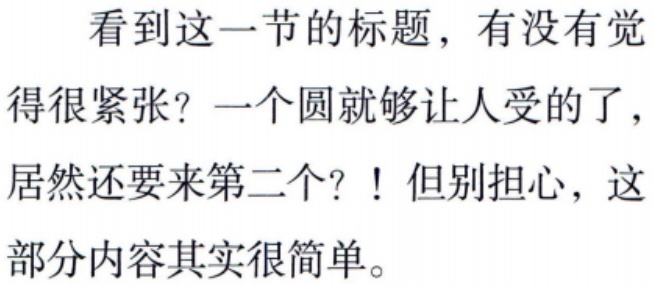
看到这一节的标题，有没有觉得很紧张？一个圆就够让人受的了，居然还要来第二个？！但别担心，这部分内容其实很简单。